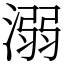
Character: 溺